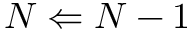
N \Leftarrow N - 1